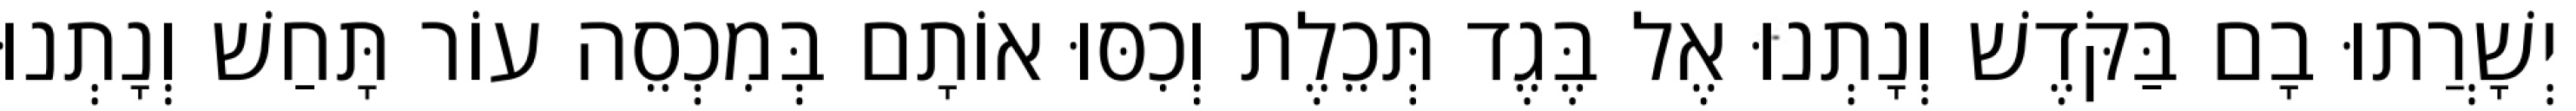
יְשָׁרֲתוּ בָם בַּקֹּדֶשׁ וְנָתְנוּ אֶל בֶּגֶד תְּכֵלֶת וְכִסּוּ אוֹתָם בְּמִכְסֵה עוֹר תָּחַשׁ וְנָתְנוּ